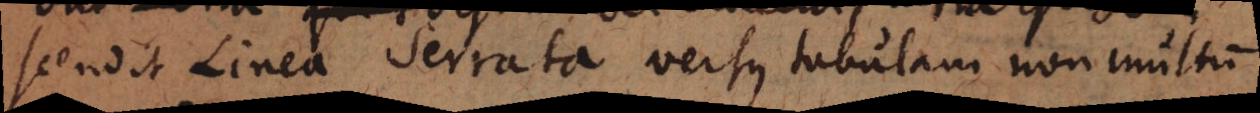
scendit Linea Serrata versus tabulam non multum